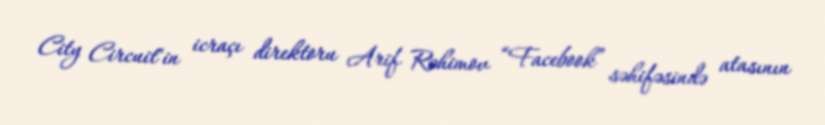
City Circuit"in icraçı direktoru Arif Rəhimov “Facebook” səhifəsində atasının